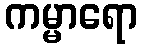
ကမ္မာရော